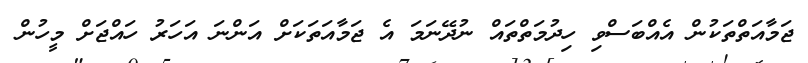
ޖަމާއަތްތަކުން އެއްބަސްވި ހިދުމަތްތައް ނުދޭނަމަ އެ ޖަމާއަތަކަށް އަންނަ އަހަރު ހައްޖަށް މީހުން